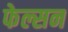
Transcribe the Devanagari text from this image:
फेल्सन